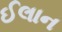
ઈલાન